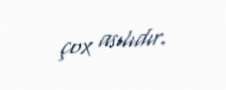
çox asılıdır.